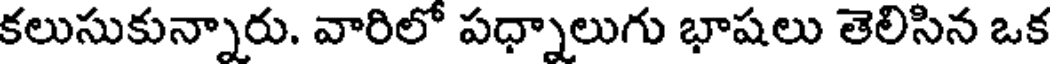
కలుసుకున్నారు. వారిలో పధ్నాలుగు భాషలు తెలిసిన ఒక